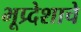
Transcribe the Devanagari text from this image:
भूप्र्देशाचे